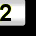
Digit: 2